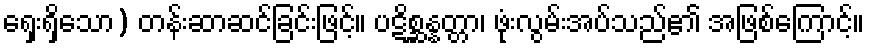
ရှေးရှိသော) တန်းဆာဆင်ခြင်းဖြင့်။ ပဋိစ္ဆန္နတ္တာ၊ ဖုံးလွမ်းအပ်သည်၏ အဖြစ်ကြောင့်။